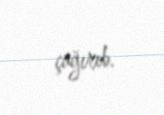
çağırıb.